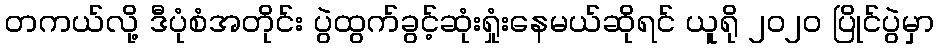
တကယ်လို့ ဒီပုံစံအတိုင်း ပွဲထွက်ခွင့်ဆုံးရှုံးနေမယ်ဆိုရင် ယူရို ၂၀၂၀ ပြိုင်ပွဲမှာ